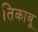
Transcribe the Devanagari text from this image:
तिकाबू